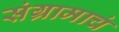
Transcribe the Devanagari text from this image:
संग्रामाचं